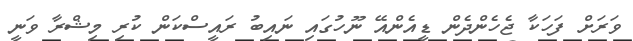
ވަރަށް ފަހަކާ ޖެހެންދެން ޑީއެންއޭ ނޫހުގައި ނައިބު ރައީސްކަން ކުރި މިޝްރާ ވަނީ